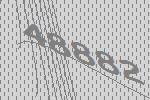
48882